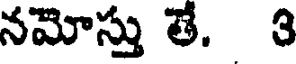
నమోస్తు తే. 3